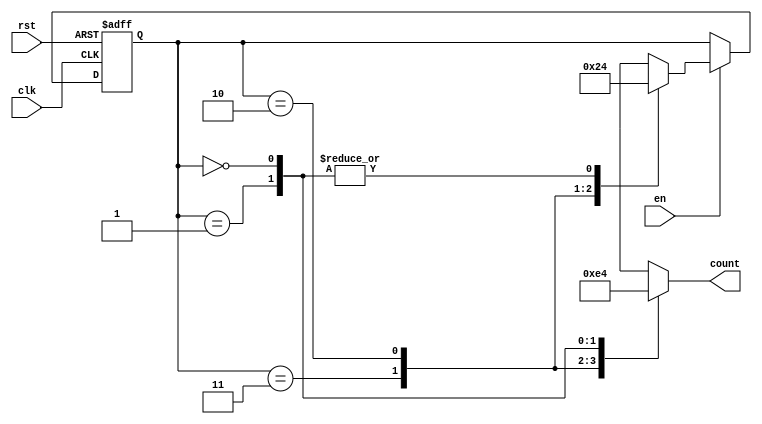
module down_counter (
    input wire clk,       // Clock signal
    input wire rst,       // Asynchronous reset signal
    input wire en,        // Enable signal
    output reg [1:0] count // 2-bit output representing the current count value
);

// State encoding
localparam STATE_3 = 2'b11;
localparam STATE_2 = 2'b10;
localparam STATE_1 = 2'b01;
localparam STATE_0 = 2'b00;

// Current state register
reg [1:0] current_state, next_state;

// State transition logic
always @(posedge clk or posedge rst) begin
    if (rst) begin
        current_state <= STATE_3; // Reset to State 3
    end else if (en) begin
        current_state <= next_state; // Transition to next state
    end
end

// Next state logic
always @(*) begin
    case (current_state)
        STATE_3: next_state = (en) ? STATE_2 : STATE_3; // Transition to STATE_2 if enabled
        STATE_2: next_state = (en) ? STATE_1 : STATE_2; // Transition to STATE_1 if enabled
        STATE_1: next_state = (en) ? STATE_0 : STATE_1; // Transition to STATE_0 if enabled
        STATE_0: next_state = STATE_0; // Maintain STATE_0
        default: next_state = STATE_3; // Default case to reset
    endcase
end

// Output logic
always @(*) begin
    case (current_state)
        STATE_3: count = 2'b11; // Output 3
        STATE_2: count = 2'b10; // Output 2
        STATE_1: count = 2'b01; // Output 1
        STATE_0: count = 2'b00; // Output 0
        default: count = 2'b00; // Default output
    endcase
end

endmodule